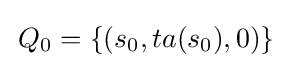
\,Q_{0}=\{(s_{0},ta(s_{0}),0)\}